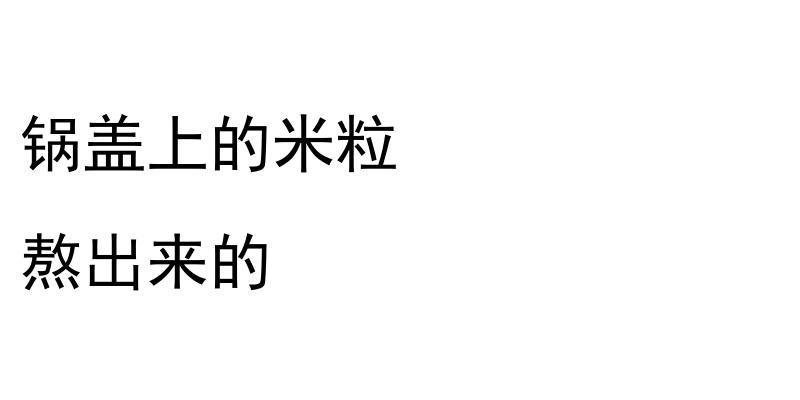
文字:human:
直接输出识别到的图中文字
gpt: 锅盖上的米粒 熬出来的